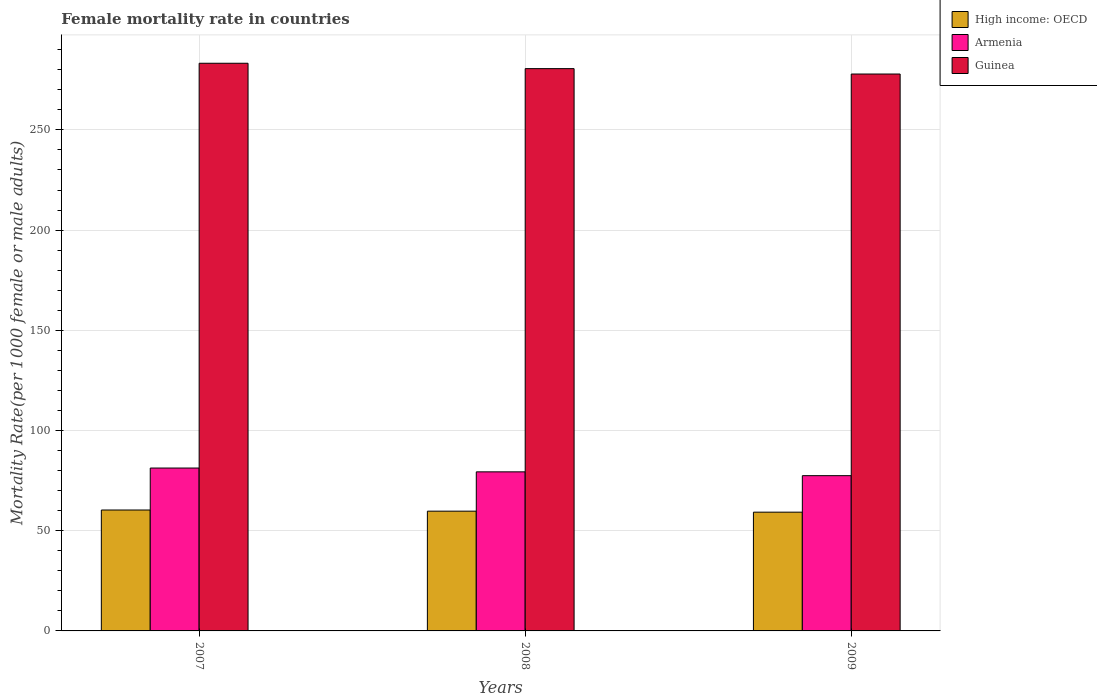
| Years | High income: OECD | Armenia | Guinea |
 | --- | --- | --- | --- |
 | 2007 | 60.3 | 81.3 | 283 |
 | 2008 | 59.8 | 79.4 | 281 |
 | 2009 | 59.3 | 77.5 | 278 |